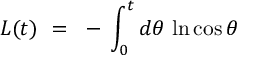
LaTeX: L ( t ) ~ = ~ - \, \int _ { 0 } ^ { t } d \theta \, \ln \cos \theta